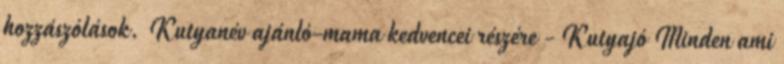
hozzászólások. Kutyanév ajánló-mama kedvencei részére - Kutyajó Minden ami